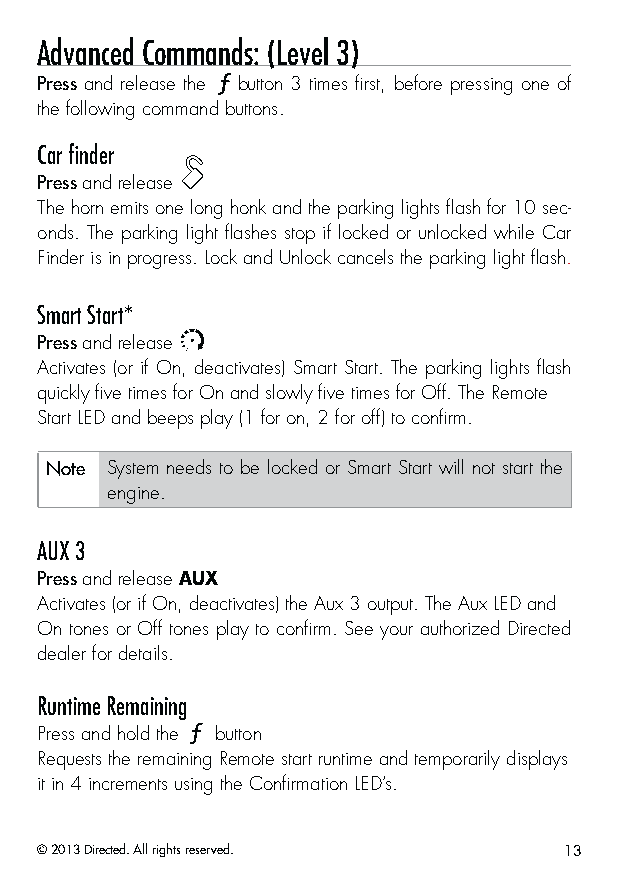
Advanced Commands: (Level 3)
 Press and release the button 3 times first, before pressing one of
 the following command buttons.
 Car finder
 Press and release
 The horn emits one long honk and the parking lights flash for 10 sec-
 onds. The parking light flashes stop if locked or unlocked while Car
 Finder is in progress. Lock and Unlock cancels the parking light flash.
 Smart Start*
 Press and release
 Activates (or if On, deactivates) Smart Start. The parking lights flash
 quickly five times for On and slowly five times for Off. The Remote
 Start LED and beeps play (1 for on, 2 for off) to confirm.
 Note System needs to be locked or Smart Start will not start the
 engine.
 AUX 3
 Press and release AUX
 Activates (or if On, deactivates) the Aux 3 output. The Aux LED and
 On tones or Off tones play to confirm. See your authorized Directed
 dealer for details.
 Runtime Remaining
 Press and hold the button
 Requests the remaining Remote start runtime and temporarily displays
 it in 4 increments using the Confirmation LED’s.
 © 2013 Directed. All rights reserved. 13